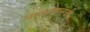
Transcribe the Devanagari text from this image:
वालावलची